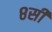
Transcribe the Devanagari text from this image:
८सी